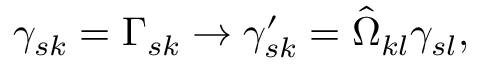
\gamma _ { s k } = \Gamma _ { s k } \rightarrow \gamma _ { s k } ^ { \prime } = \hat { \Omega } _ { k l } \gamma _ { s l } ,